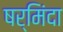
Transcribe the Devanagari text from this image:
षर्मिंदा